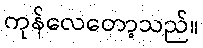
ကုန်လေတော့သည်။